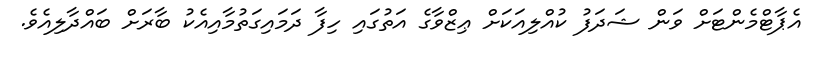
އެޕާޓްމެންޓަށް ވަން ޝަދަފު ކުއްލިއަކަށް ޢިޒްވާގެ އަތުގައި ހިފާ ދަމައިގަތުމާއިއެކު ބާރަށް ބައްދާލިއެވެ.